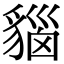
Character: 𧳦